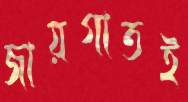
জায়গাতই